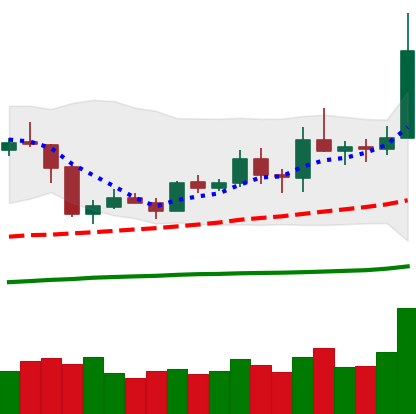
Ticker: ETH-USD
Chart end date: 2019-05-11
Forward return: 35.875%
Label: up_7plus